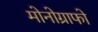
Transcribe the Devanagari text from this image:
मोनोग्राफो